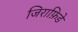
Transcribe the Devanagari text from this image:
जिराफ़िडे